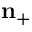
\mathbf { n } _ { + }